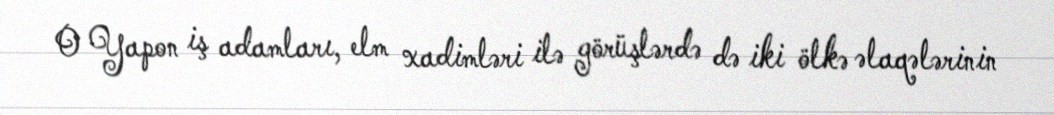
O Yapon iş adamları, elm xadimləri ilə görüşlərdə də iki ölkə əlaqələrinin